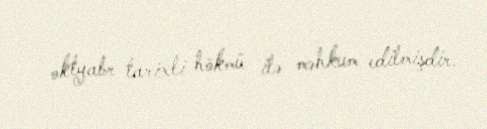
oktyabr tarixli hökmü ilə məhkum edilmişdir.